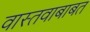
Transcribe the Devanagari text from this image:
वास्तवाबाबत